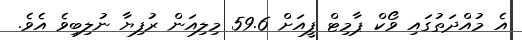
އެ މުއްދަތުގައި ވޯކް ޕާމިޓް ފީއަށް 59.6 މިލިއަން ރުފިޔާ ނުލިބިވެ އެވެ.